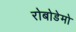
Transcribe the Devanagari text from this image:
रोबोडेमो